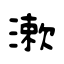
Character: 漱